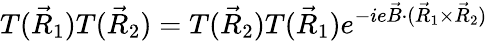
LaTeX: T(\vec{R}_{1})T(\vec{R}_{2})=T(\vec{R}_{2})T(\vec{R}_{1})e^{-ie\vec{B}\cdot(\vec{R}_{1}\times\vec{R}_{2})}